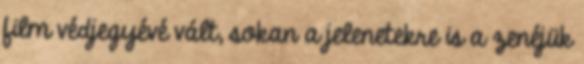
film védjegyévé vált, sokan a jelenetekre is a zenéjük